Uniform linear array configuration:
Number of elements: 16
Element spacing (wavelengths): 0.5
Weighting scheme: exponential
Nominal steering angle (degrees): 45
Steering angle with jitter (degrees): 45.153
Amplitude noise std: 0.05
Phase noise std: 0.05

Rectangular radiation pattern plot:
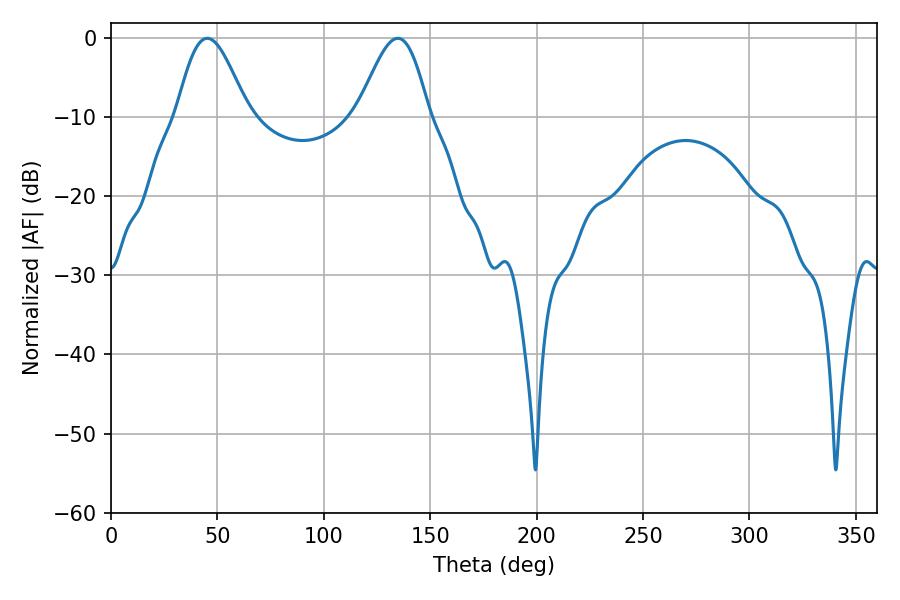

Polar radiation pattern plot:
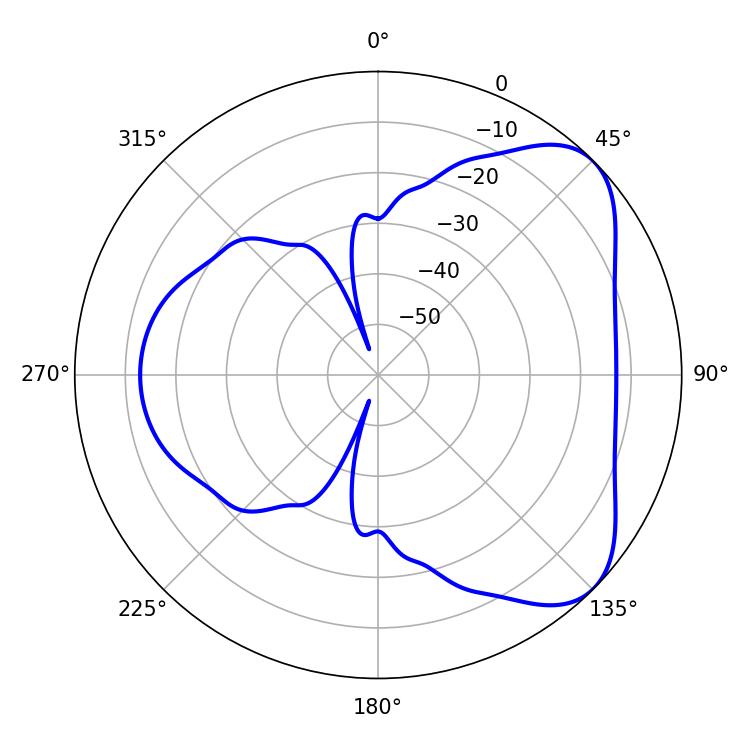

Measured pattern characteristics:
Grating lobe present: FALSE
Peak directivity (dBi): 5.899
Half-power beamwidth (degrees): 17.82
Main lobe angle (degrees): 45.18